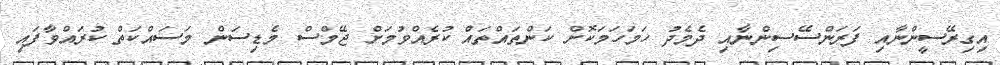
އިގިރޭސީންނާއި ފަރަންސޭސިންނާއި ދެމެދު ހަމަހަމަކޮށް ކަންތައްތައް ކުރެއްވުމަށް ޖޭމްސް މެޑިސަން މަސައްކަތް ކުރައްވާފައި